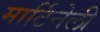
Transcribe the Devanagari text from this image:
मार्टिनेली